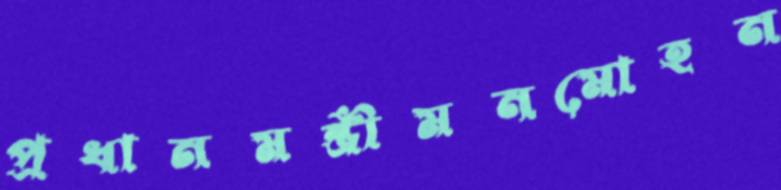
প্রধানমন্ত্রীমনমোহন